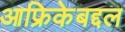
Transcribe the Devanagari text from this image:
आफ्रिकेबद्दल